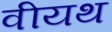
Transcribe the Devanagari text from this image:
वीयथ